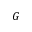
G